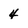
Character: 4